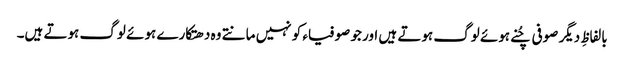
بالفاظِ دیگر صوفی چُنے ہوئے لوگ ہوتے ہیں اور جو صوفیاء کو نہیں مانتے وہ دھتکارے ہوئے لوگ ہوتے ہیں۔